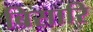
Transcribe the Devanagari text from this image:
बिसारि